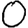
Digit: 0